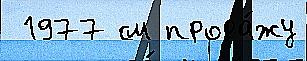
 1977 см прода́жу